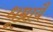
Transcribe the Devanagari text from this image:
धूम्रायै